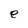
Character: e